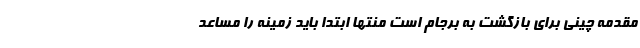
مقدمه چینی برای بازگشت به برجام است منتها ابتدا باید زمینه را مساعد